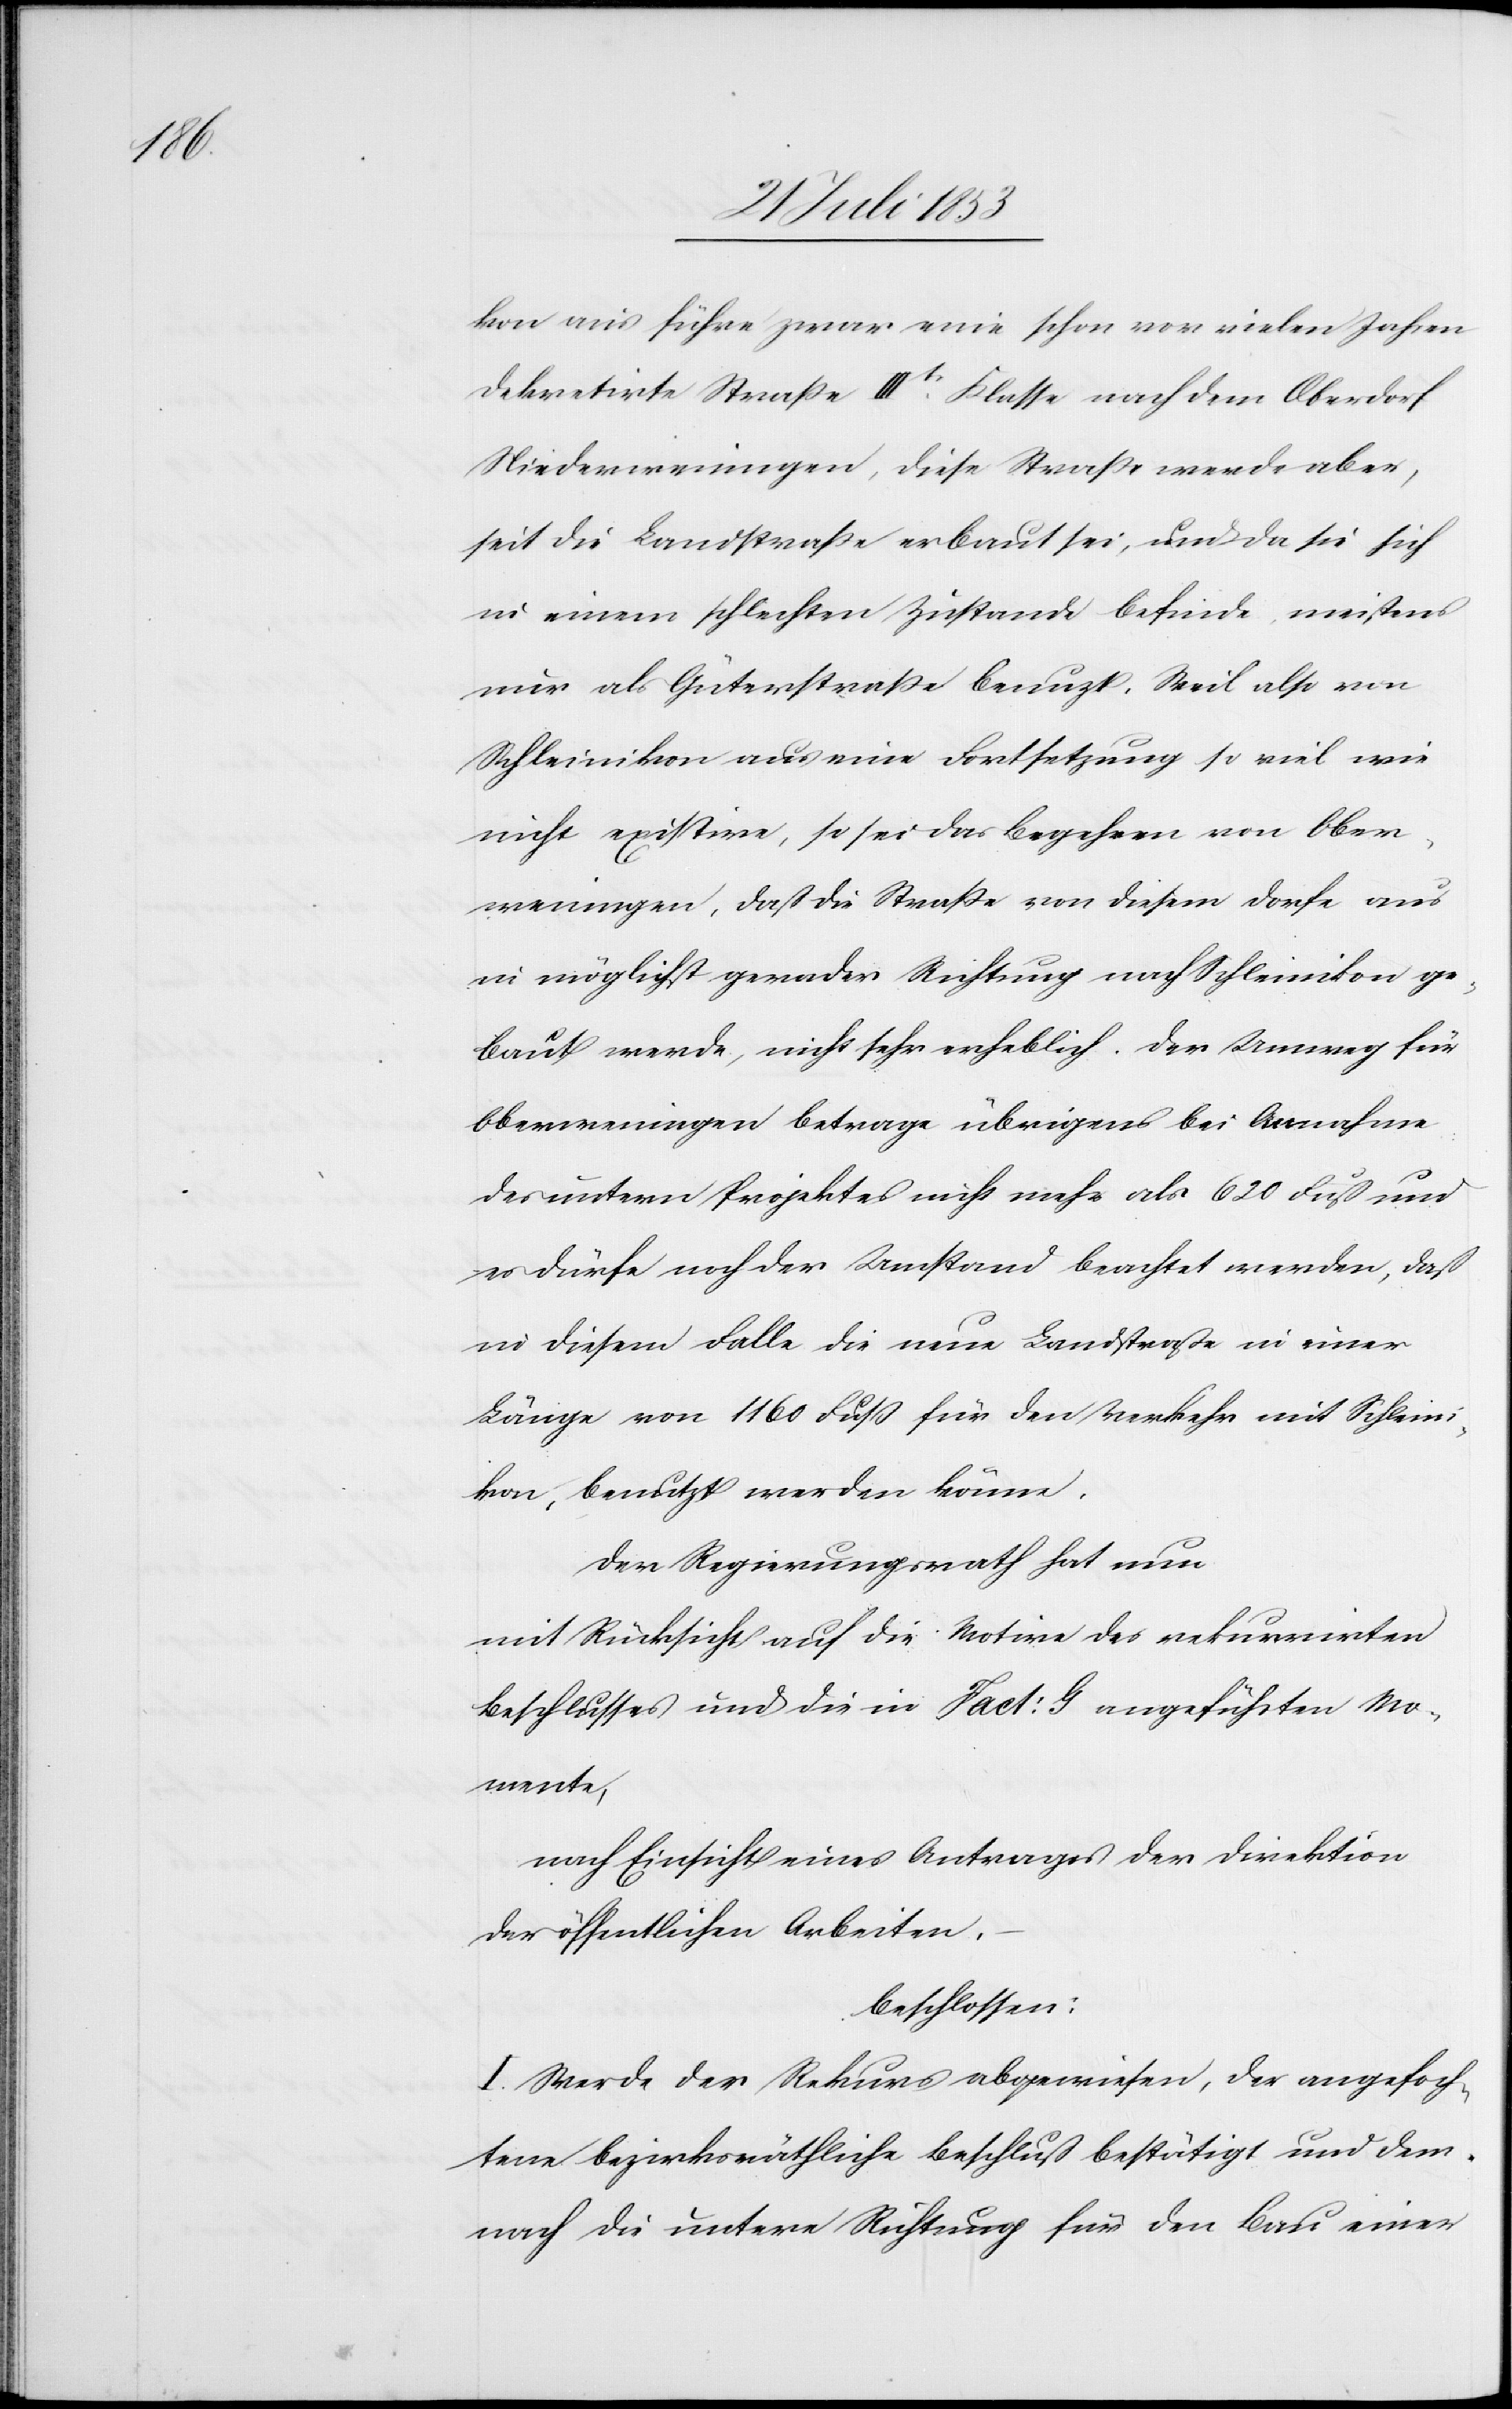
kon aus führe zwar eine schon vor vielen Jahren
dekretirte Straße IIItr Klasse nach dem Oberdorf
Niederweningen, diese Straße werde aber,
seit die Landstraße erbaut sei, und da sie sich
in einem schlechten Zustande befinde, meistens
nur als Güterstraße benuzt. Weil also von
Schleinikon aus eine Fortsetzung so viel wie
nicht exisitire, so sei das Begehren von Ober¬
weningen, daß die Straße von diesem Dorfe aus
in möglichst gerader Richtung nach Schleinikon ge¬
baut werde, nicht sehr erheblich. Der Umweg für
Oberweningen betrage übrigens bei Annahme
des untern Projektes nicht mehr als 620 Fuß und
es dürfe noch der Umstand beachtet werden, daß
in diesem Falle die neue Landstraße in eine
Länge von 1160 Fuß für den Verkehr mit Schleini¬
kon, benutzt werden könne.
Der Regierungsrath hat nun
mit Rücksicht auf die Motive des rekurrirten
Beschlusses und die in Fact: G angeführten Mo¬
mente,
nach Einsicht eines Antrages der Direktion
der öffentlichen Arbeiten,
beschlossen:
I. Werde der Rekurs abgewiesen, der angefoch¬
tene bezirksräthliche Beschluß bestätigt und dem¬
nach die untere Richtung für den Bau einer